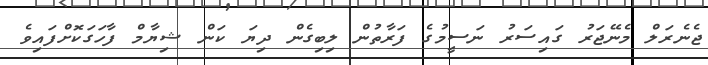
ޖެނެރަލް މެނޭޖަރު ގައިސަރު ނަސީމުގެ ފަރާތުން ލިބިގެން ދިޔަ ކަން ޝިޔާމް ފާހަގަކޮށްފައިވެ